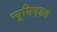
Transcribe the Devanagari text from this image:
न्यूसिएडल